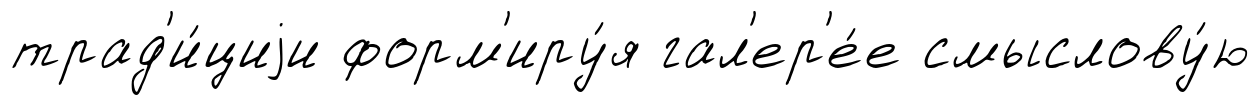
трад'и́циjи форм'иру́я гал'ер'е́е смыслову́ю